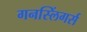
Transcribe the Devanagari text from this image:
गनस्लिंगर्स